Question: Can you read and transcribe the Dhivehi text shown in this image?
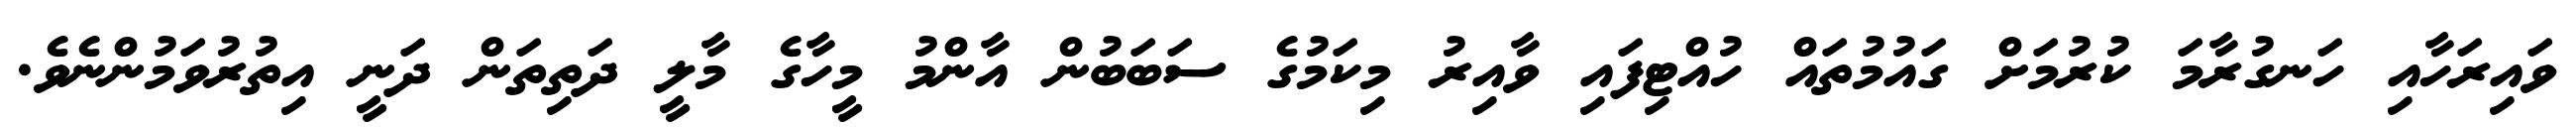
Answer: ވައިރަހާއި ހަނގުރާމަ ކުރުމަށް ގައުމުތައް ހުއްޓިފައި ވާއިރު މިކަމުގެ ސަބަބުން އާންމު މީހާގެ މާލީ ދަތިތަން ދަނީ އިތުރުވަމުންނެވެ.